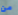
من